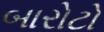
બારોટો